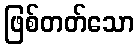
ဖြစ်တတ်သော